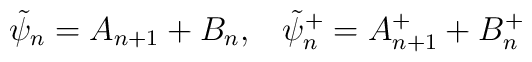
\tilde{\psi}_n=A_{n+1}+B_n,\;\;\;\tilde{\psi}_n^{+}=A_{n+1}^{+}+B_n^{+}